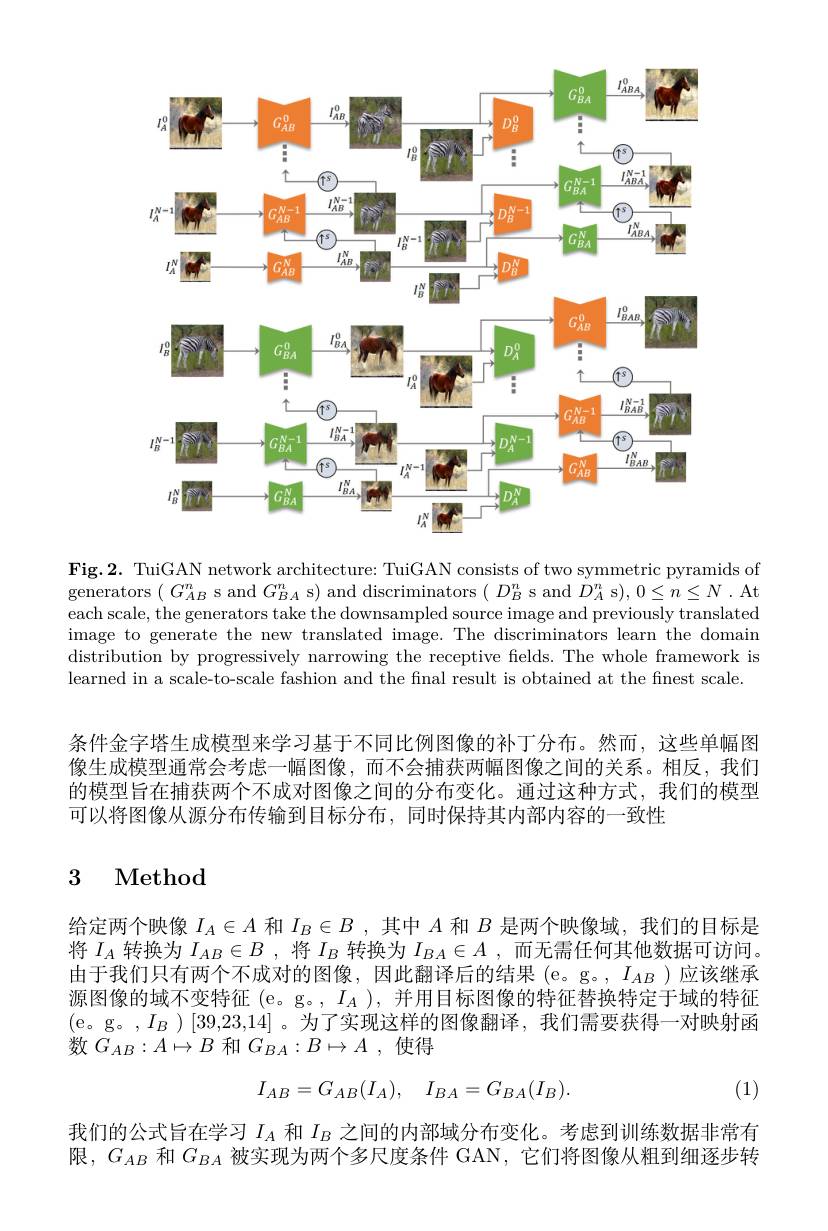
<FigureHere>

Fig.2. TuiGAN network architecture: TuiGAN consists of two symmetric pyramids of generators $(G_{AB}^n$ s and $G_{BA}^n$ s) and discriminators $(D_B^n$ s and $D_A^n$ s$),0\leq n\leq N$ .At each scale, the generators take the downsampled source image and previously translated image to generate the new translated image. The discriminators learn the domain distribution by progressively narrowing the receptive fields. The whole framework is learned in a scale-to-scale fashion and the final result is obtained at the finest scale.

条件金字塔生成模型来学习基于不同比例图像的补丁分布。然而，这些单幅图像生成模型通常会考虑一幅图像，而不会捕获两幅图像之间的关系。相反，我们的模型旨在捕获两个不成对图像之间的分布变化。通过这种方式，我们的模型可以将图像从源分布传输到目标分布，同时保持其内部内容的一致性

# 3 Method

给定两个映像$I_A\in A$和$I_B\in B$ ,其中$A$和$B$是两个映像域，我们的目标是将$I_A$转换为$I_AB\in B$ ,将$I_B$转换为$I_BA\in A$ ,而无需任何其他数据可访问。由于我们只有两个不成对的图像，因此翻译后的结果(e。g。$,I_{AB})$应该继承源图像的域不变特征 (e。g。, $I_A)$,并用目标图像的特征替换特定于域的特征(e。g。$,I_B)[39,23,14]$ 。为了实现这样的图像翻译，我们需要获得一对映射函数$G_{AB}:A\mapsto B$和$G_{BA}:B\mapsto A$ ,使得

(1)
$$I_{AB}=G_{AB}(I_A),\quad I_{BA}=G_{BA}(I_B).$$
我们的公式旨在学习$I_A$和$I_B$之间的内部域分布变化。考虑到训练数据非常有限，$G_{AB}$和$G_{BA}$被实现为两个多尺度条件 GAN, 它们将图像从粗到细逐步转